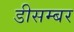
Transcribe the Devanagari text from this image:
डीसम्बर